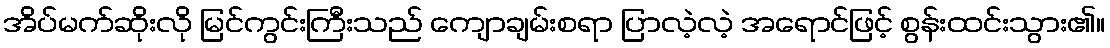
အိပ်မက်ဆိုးလို မြင်ကွင်းကြီးသည် ကျောချမ်းစရာ ပြာလဲ့လဲ့ အရောင်ဖြင့် စွန်းထင်းသွား၏။